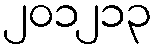
၂၀၁၂၁၃